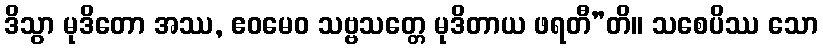
ဒိသွာ မုဒိတော အဿ, ဧဝမေဝ သဗ္ဗသတ္တေ မုဒိတာယ ဖရတီ”တိ။ သစေပိဿ သော